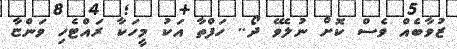
ޒުވާބެއް ވެސް ކޮށް ނުލެވޭ ދޯ.. ހަފްތާ އަކު މީހަކާ ރައްޓެހި ވަންޏާ